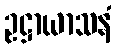
ဥဋ္ဌာယာသနံ